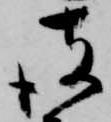
彼